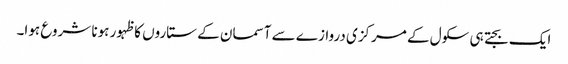
ایک بجتے ہی سکول کے مرکزی دروازے سے آسمان کے ستاروں کا ظہور ہونا شروع ہوا۔